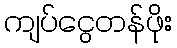
ကျပ်ငွေတန်ဖိုး